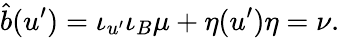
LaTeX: \hat{b}(u^{\prime})=\iota_{u^{\prime}}\iota_{B}\mu+\eta(u^{\prime})\eta=\nu.